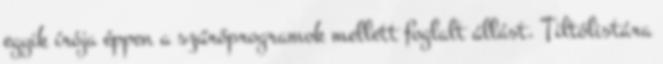
egyik írója éppen a szűrőprogramok mellett foglalt állást. Tiltólistára